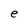
Character: e